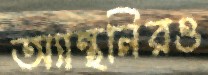
অ্যান্থনিরও